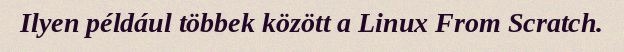
Ilyen például többek között a Linux From Scratch.